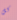
كل